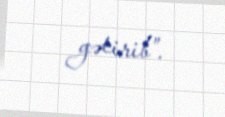
gətirib”.